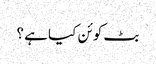
بٹ کوئن کیا ہے ؟